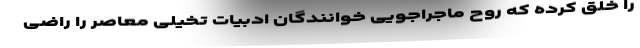
را خلق کرده که روح ماجراجویی خوانندگان ادبیات تخیلی معاصر را راضی